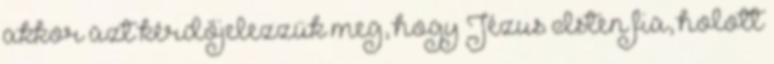
akkor azt kérdőjelezzük meg, hogy Jézus Isten fia, holott